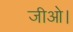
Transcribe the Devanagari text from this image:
जीओ।